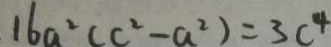
1 6 a ^ { 2 } ( c ^ { 2 } - a ^ { 2 } ) = 3 c ^ { 4 }